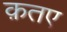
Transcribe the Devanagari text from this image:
क़तए